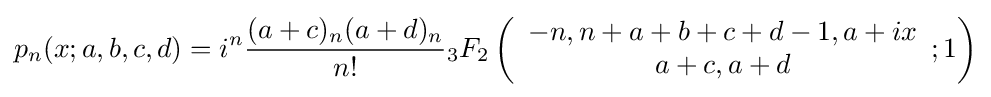
p_{n}(x;a,b,c,d)=i^{n}{\frac {(a+c)_{n}(a+d)_{n}}{n!}}{}_{3}F_{2}\left({\begin{array}{c}-n,n+a+b+c+d-1,a+ix\\a+c,a+d\end{array}};1\right)